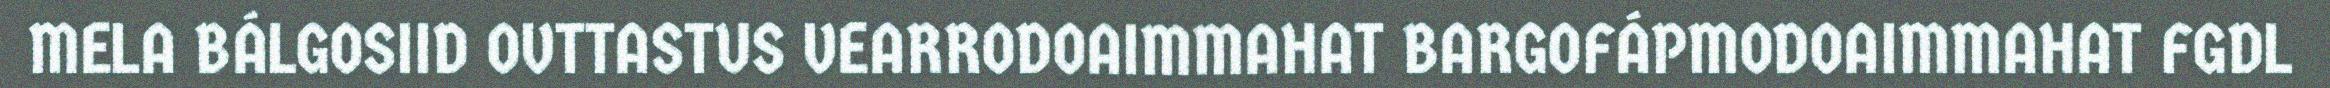
MELA BÁLGOSIID OVTTASTUS VEARRODOAIMMAHAT BARGOFÁPMODOAIMMAHAT FGDL